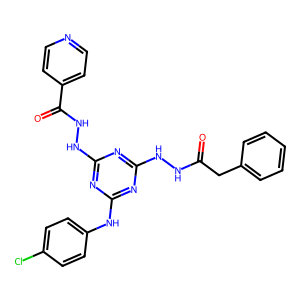
SMILES: O=C(Cc1ccccc1)NNc1nc(NNC(=O)c2ccncc2)nc(Nc2ccc(Cl)cc2)n1
Inhibits HIV replication: No